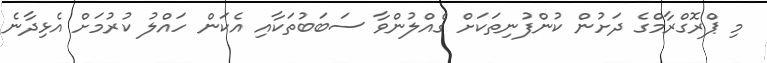
މި ޕްރޮގްރާމްގެ ދަށުން ކުންފުނިތަކަށް ގެއްލުންވާ ސަބަބުތަކާއި އެކަން ހައްލު ކުރުމަށް އެޅިދާނެ